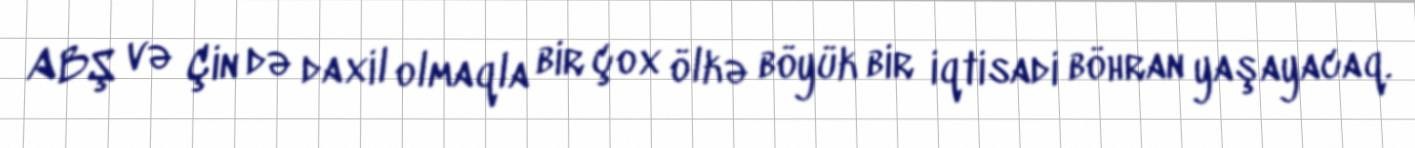
ABŞ və Çin də daxil olmaqla bir çox ölkə böyük bir iqtisadi böhran yaşayacaq.